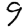
Digit: 9